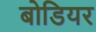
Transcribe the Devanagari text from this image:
बोडियर